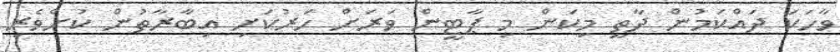
ވާހަކަ ދައްކަމުން ދާތީ މިކަން މި ޕާޓީން ވަރަށް ހަރުކަށި އިބާރާތުން ކުށްވެރި